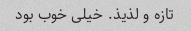
تازه و لذیذ. خیلی خوب بود